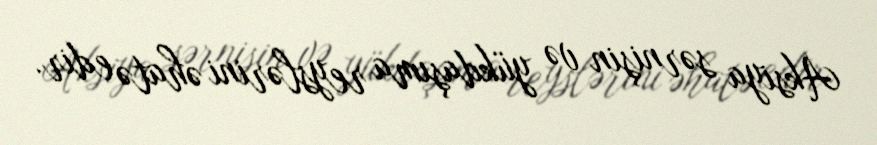
Aksiya sərnişin və yükdaşıma reyslərini əhatə edir.